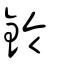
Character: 鈴